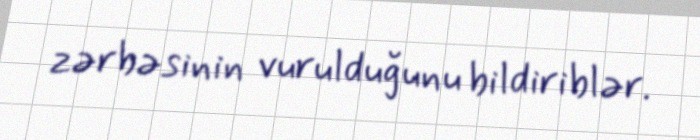
zərbəsinin vurulduğunu bildiriblər.